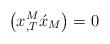
LaTeX: \begin{align*}\left( x_{,T}^{M}\acute{x}_{M} \right) =0\end{align*}